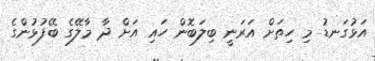
އަޅުގަނޑު މި ހިތަށް އަރަނީ ބިލަބޮން ހައި އަށް ދާ މާލޭގެ ބޭފުޅުންގެ